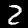
Label: 2